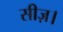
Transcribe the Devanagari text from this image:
सीज़।